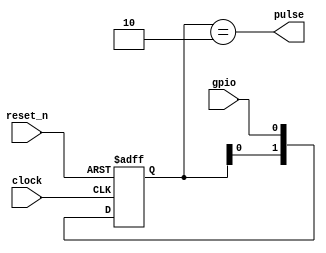
module Button
(
    input clock,
    input reset_n,
    input gpio,
    output pulse
);

    localparam LOW = 2'b00, POSEDGE = 2'b01, HIGH = 2'b11, NEGEDGE = 2'b10;
    reg [1:0] state;

    always @(posedge clock or negedge reset_n)
        if (!reset_n)
            state <= HIGH;
        else 
            state <= { state[0], gpio };

    assign pulse = state == NEGEDGE;

endmodule